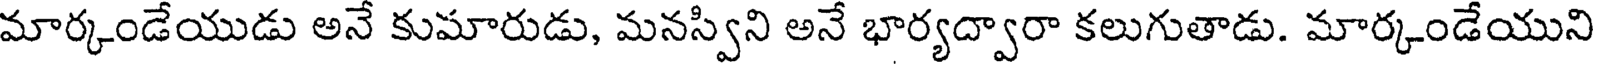
మార్కండేయుడు అనే కుమారుడు, మనస్విని అనే భార్యద్వారా కలుగుతాడు. మార్కండేయుని